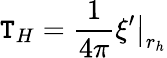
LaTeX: \mathtt{T}_{H}=\frac{{1}}{{4\pi}}\left.\xi^{\prime}\right|_{r_{h}}